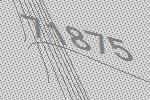
71875